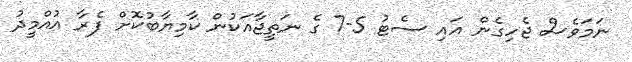
ނަމަވެސް ޖެހިގެން އައި ސެޓު 5-7 ގެ ނަތީޖާއަކުން ކާމިޔާބުކޮށް ފެރާ އުއްމީދު